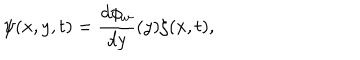
\psi ( x , y , t ) = \frac { d \phi _ { w } } { d y } ( y ) \zeta ( x , t ) ,